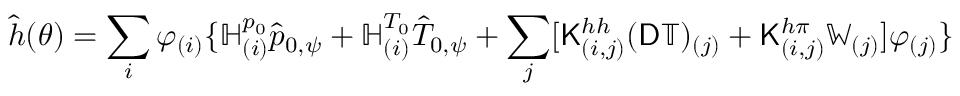
\hat { h } ( \theta ) = \sum _ { i } \varphi _ { ( i ) } \{ \mathbb { H } _ { ( i ) } ^ { p _ { 0 } } \hat { p } _ { 0 , \psi } + \mathbb { H } _ { ( i ) } ^ { T _ { 0 } } \hat { T } _ { 0 , \psi } + \sum _ { j } [ \mathsf { K } _ { ( i , j ) } ^ { h h } ( \mathsf { D } \mathbb { T } ) _ { ( j ) } + \mathsf { K } _ { ( i , j ) } ^ { h \pi } \mathbb { W } _ { ( j ) } ] \varphi _ { ( j ) } \}